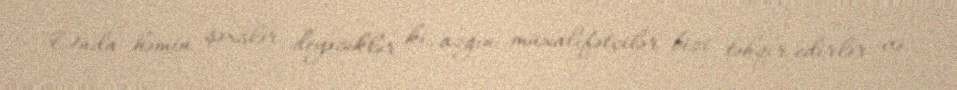
Onda həmin şəxslər deyəcəklər ki, azğın müxalifətçilər bizi təhqir edirlər və